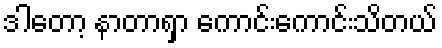
ဒါတော့ နာတာရှာ ကောင်းကောင်းသိတယ်